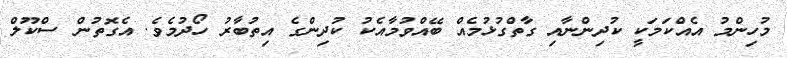
މުހިންމު އެއްކަމަކީ ކުދިންނާއި ގާތްގުޅުމެއް ބޭއްވުމާއެކު ކުދިންގެ އިތުބާރު ހޯދުމެވެ. އެގޮތުން ސްކޫލް